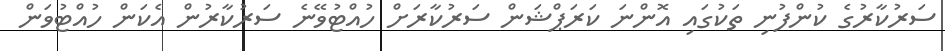
ސަރުކާރުގެ ކުންފުނި ތަކުގައި އޮންނަ ކަރަޕްޝަން ސަރުކާރަށް ހުއްޓުވޭނެ ސަރުކާރުން އެކަން ހުއްޓުވަން